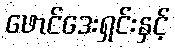
ဖောင်ဒေးရှင်းနှင့်